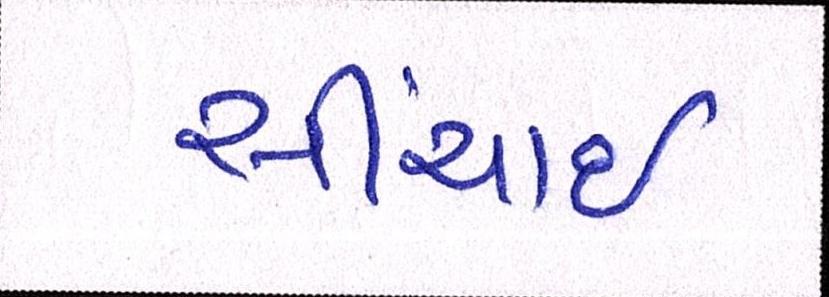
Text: સીંચાઇ